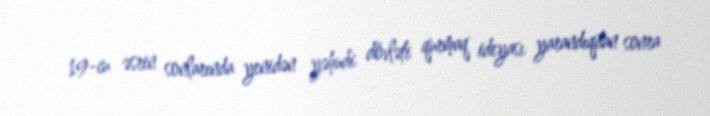
19-cu əsrin sonlarında yenidən yəhudi dövləti qurmaq ideyası yarandıqdan sonra